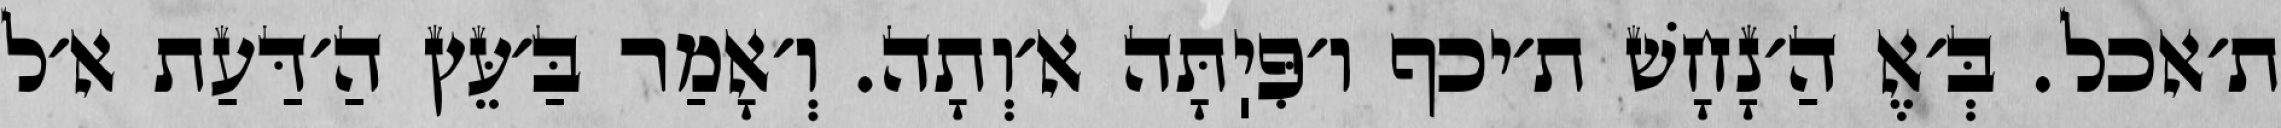
ת׳אכל. בְּ׳אֶ הַ׳נָחָשׁ ת׳יכף ו׳פִּיֽתָּה א׳וְתָה. וְ׳אָמַר בַּ׳עֵּץ הַ׳דַּעַת א׳ל